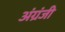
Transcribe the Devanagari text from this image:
अंग्रंजी